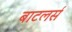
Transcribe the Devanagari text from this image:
बाटलर्स